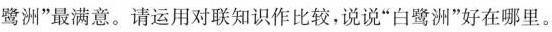
鹭洲”等，她们对”白鹭洲”最满意。请运用对联知识作比较，说说”白鹭洲”好在哪里。